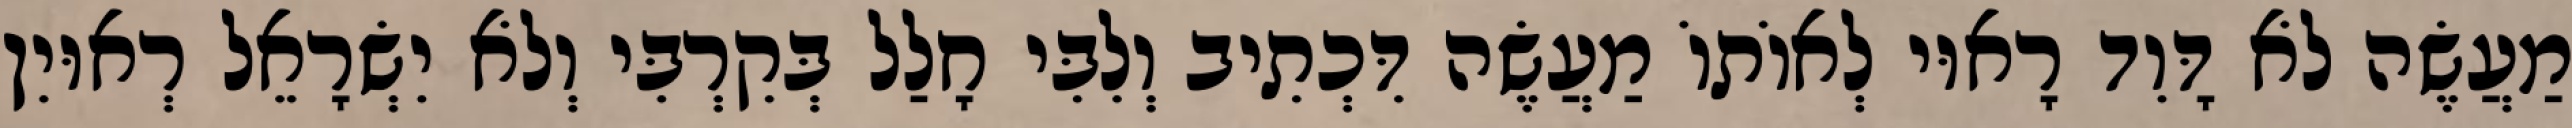
מַעֲשֶׂה לֹא דָּוִד רָאוּי לְאוֹתוֹ מַעֲשֶׂה דִּכְתִיב וְלִבִּי חָלַל בְּקִרְבִּי וְלֹא יִשְׂרָאֵל רְאוּיִן